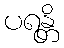
ပရန္တိ